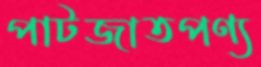
পাটজাতপণ্য